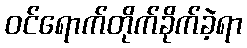
ဝင်ရောက်တိုက်ခိုက်ခဲ့ရာ